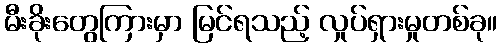
မီးခိုးတွေကြားမှာ မြင်ရသည့် လှုပ်ရှားမှုတစ်ခု။